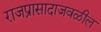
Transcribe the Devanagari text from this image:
राजप्रासादाजवळील